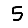
Digit: 5